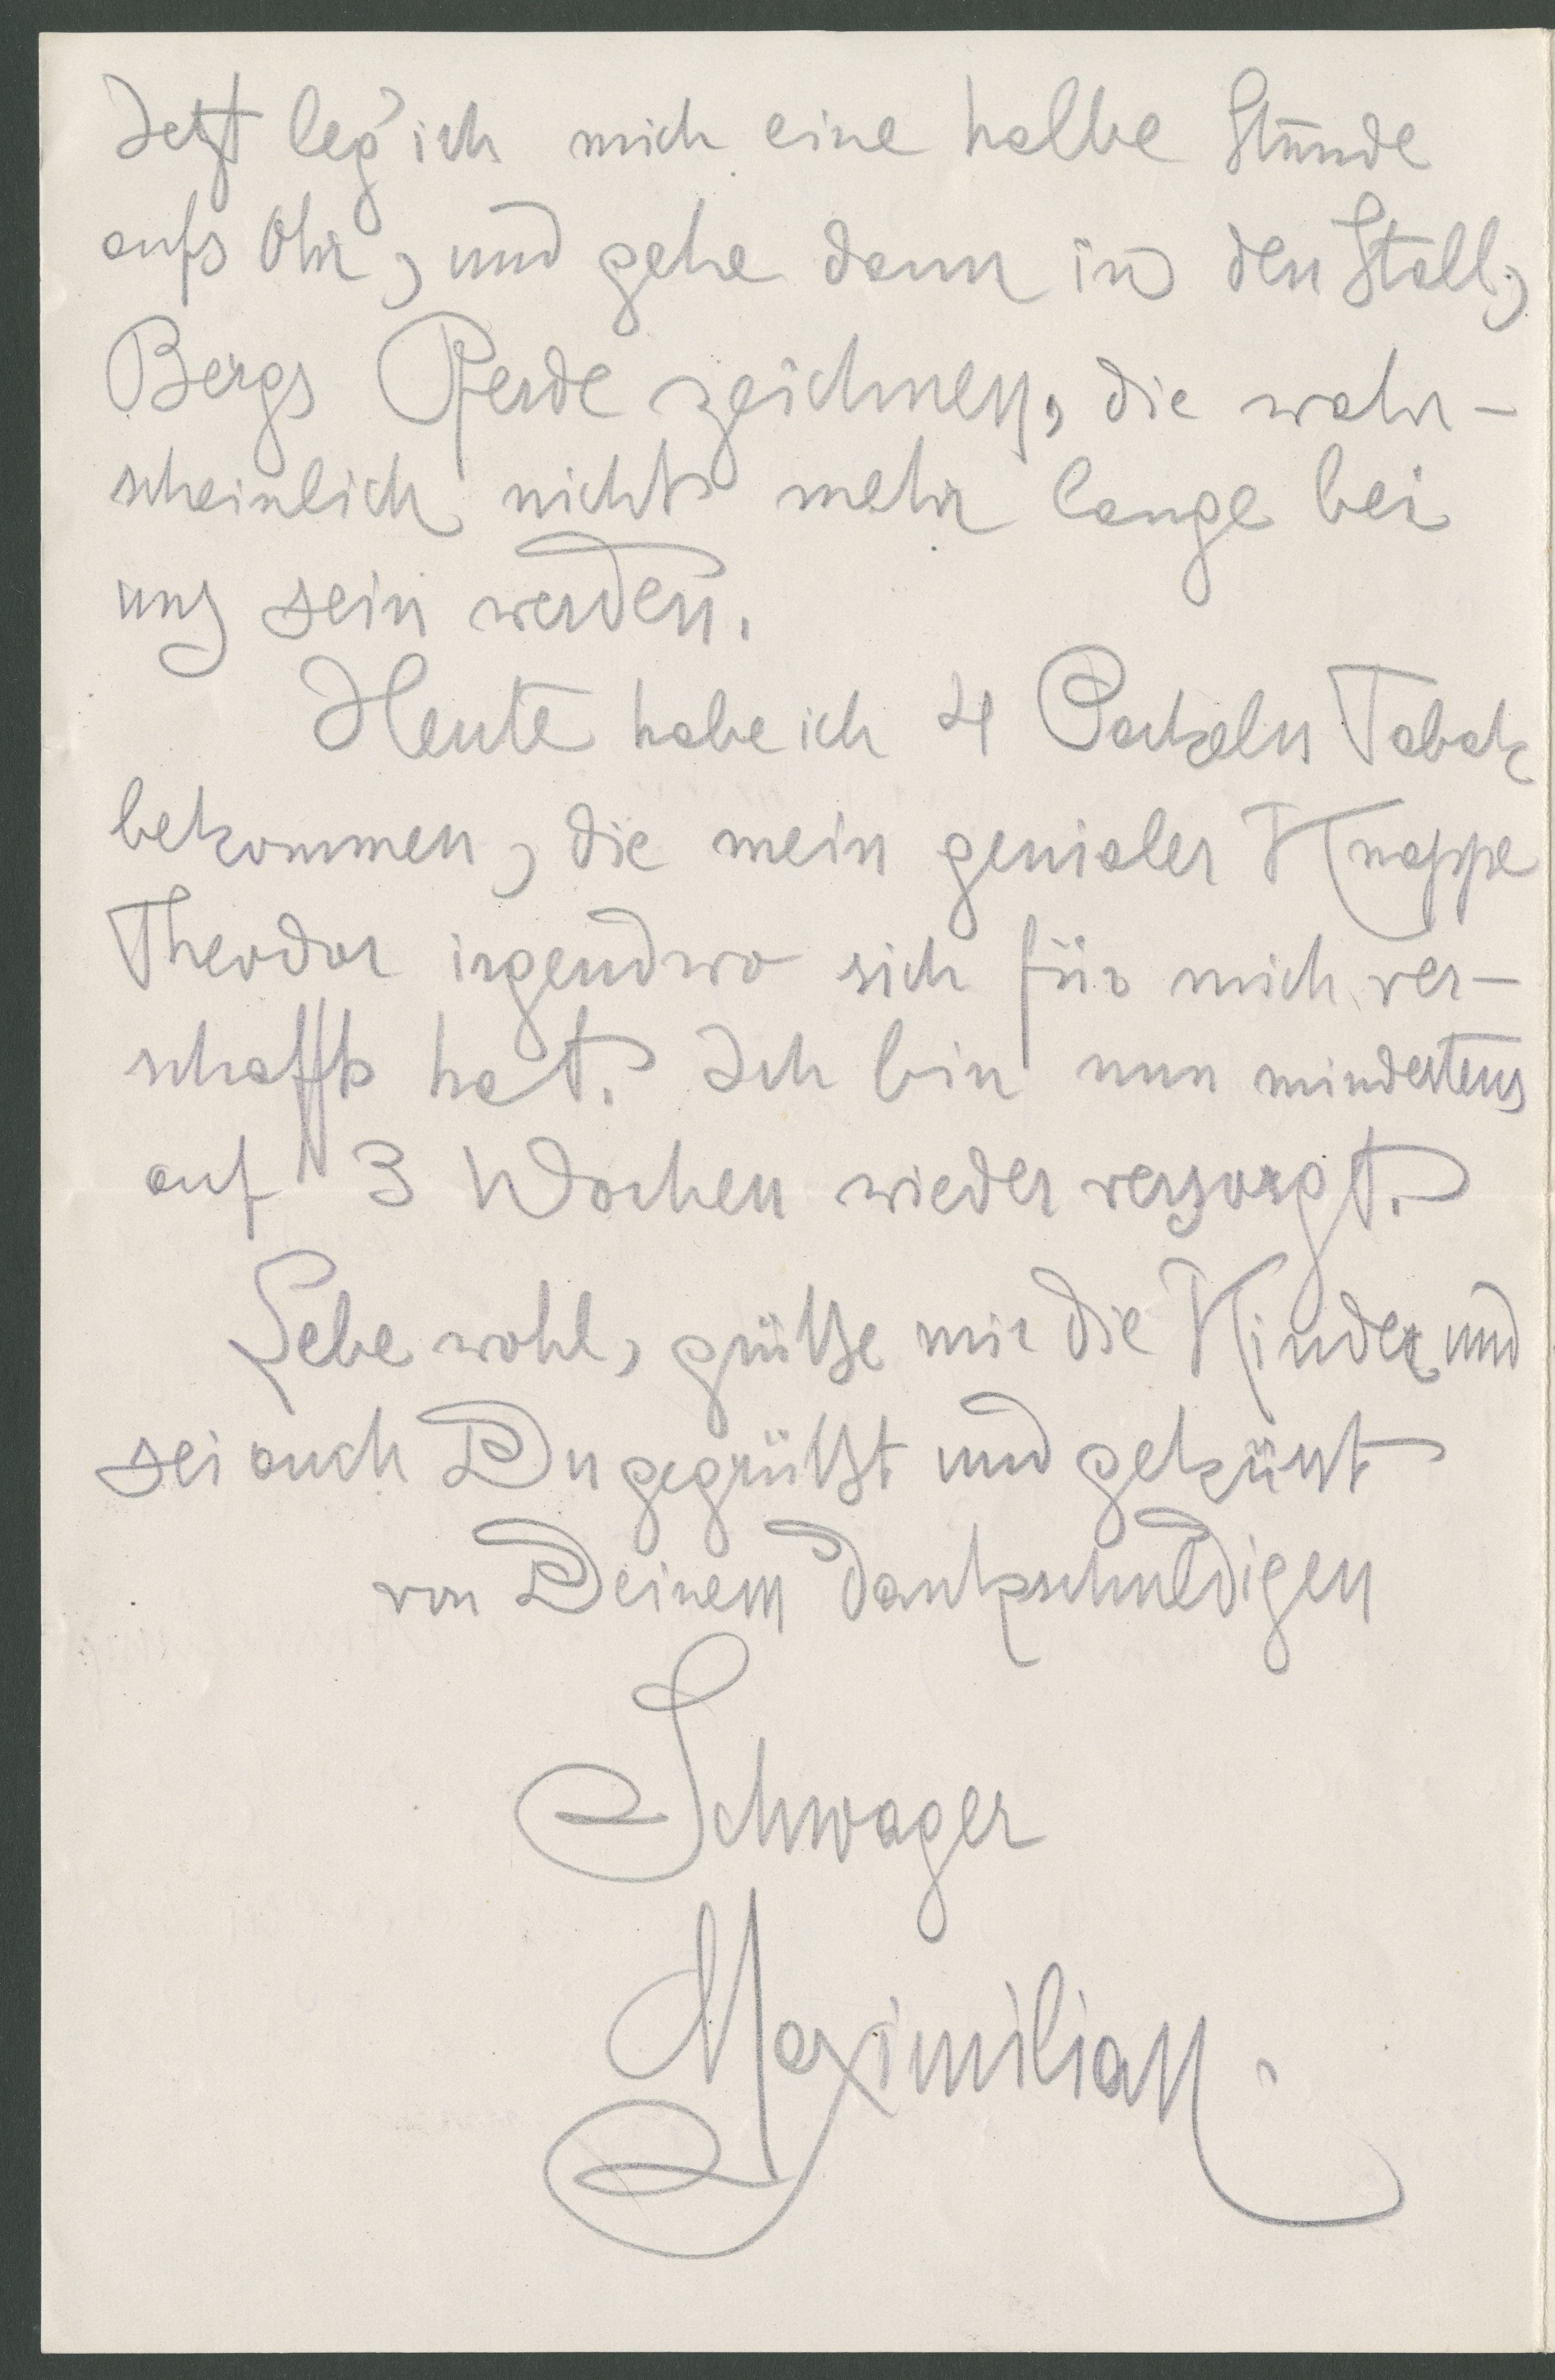
Jetzt leg' ich mich eine halbe Stunde
aufs Ohr, und gehe dann in den Stall,
Bergs Pferde zeichnen, die wahr-
scheinlich nicht mehr lange bei
uns sein werden.
Heute habe ich 4 Packeln Tabak
bekommen, die mein genialer Knappe
Theodor irgendwo sich für mich ver-
schafft hat. Ich bin nun mindestens
auf 3 Wochen wieder versorgt.
Lebe wohl, grüße mir die Kinder und
sei auch Du gegrüßt und geküsst
von Deinem dankschuldigen
Schwager
Maximilian